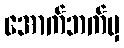
အောက်ဘက်မှ